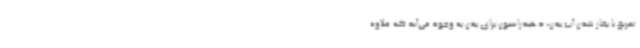
تعریق یا بخار شدن آب بدن، دهیدراسیون برای بدن به وجود می‌آید که علاوه